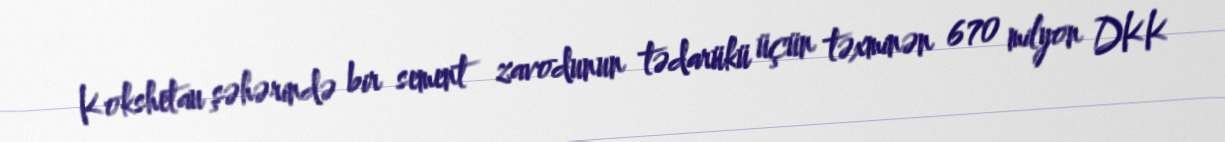
Kokshetau şəhərində bir sement zavodunun tədarükü üçün təxminən 670 milyon DKK